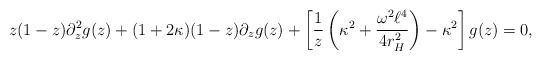
\begin{align*} z(1-z)\partial_{z}^2 g(z) + (1 + 2 \kappa )(1-z)\partial_{z} g(z) + \left[ \frac{1}{z} \left(\kappa^2 + \frac{\omega^2 \ell^4}{4 r_{H}^2}\right) - \kappa^2 \right]g(z) = 0,\end{align*}